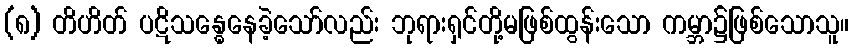
(၈) တိဟိတ် ပဋိသန္ဓေနေခဲ့သော်လည်း ဘုရားရှင်တို့မဖြစ်ထွန်းသော ကမ္ဘာ၌ဖြစ်သောသူ။